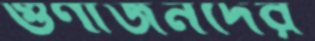
গুণীজনদের